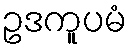
ဥဒကူပမံ